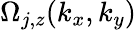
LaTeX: \Omega_{j,z}(k_{x},k_{y})